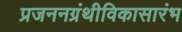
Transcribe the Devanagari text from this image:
प्रजननग्रंथीविकासारंभ